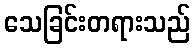
သေခြင်းတရားသည်